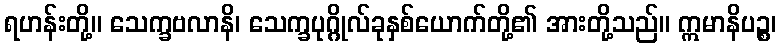
ရဟန်းတို့။ သေက္ခဗလာနိ၊ သေက္ခပုဂ္ဂိုလ်ခုနှစ်ယောက်တို့၏ အားတို့သည်။ ဣမာနိပဉ္စ၊